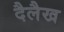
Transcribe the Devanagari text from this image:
दैलैख